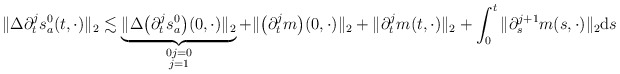
\begin{align*}\|\Delta \partial_t^js_a^0(t,\cdot)\|_2\lesssim \underbrace{\|\Delta\big(\partial_t^js_a^0\big)(0,\cdot)\|_2}_{\mathclap{\substack{0j=0\\j=1}}}+\|\big(\partial_t^jm\big)(0,\cdot)\|_2+\|\partial_t^jm(t,\cdot)\|_2+\int_0^t\|\partial_s^{j+1} m(s,\cdot)\|_2\mathrm{d}s\end{align*}